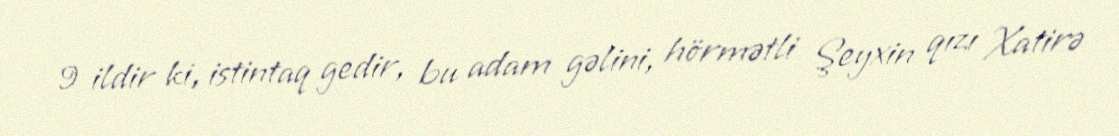
9 ildir ki, istintaq gedir, bu adam gəlini, hörmətli Şeyxin qızı Xatirə